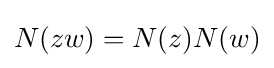
N(zw)=N(z)N(w)